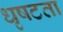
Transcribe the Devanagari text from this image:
धृषटता